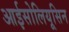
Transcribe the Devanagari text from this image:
आईसोलियूसिन